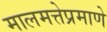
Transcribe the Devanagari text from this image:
मालमत्तेप्रमाणे